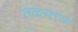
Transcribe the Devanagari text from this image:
तळ्यांत